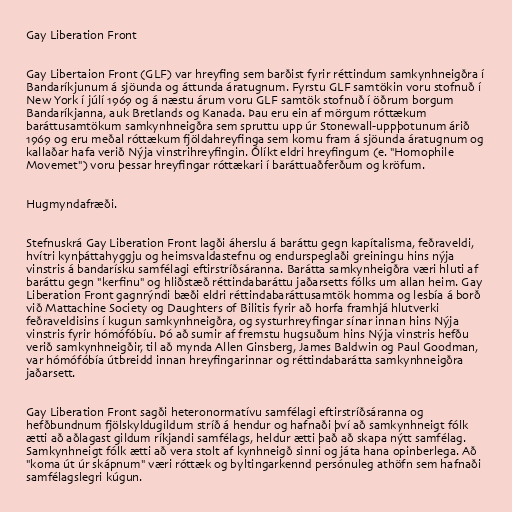
Gay Liberation Front

Gay Libertaion Front (GLF) var hreyfing sem barðist fyrir réttindum samkynhneigðra í
Bandaríkjunum á sjöunda og áttunda áratugnum. Fyrstu GLF samtökin voru stofnuð í
New York í júlí 1969 og á næstu árum voru GLF samtök stofnuð í öðrum borgum
Bandaríkjanna, auk Bretlands og Kanada. Þau eru ein af mörgum róttækum
baráttusamtökum samkynhneigðra sem spruttu upp úr Stonewall-uppþotunum árið
1969 og eru meðal róttækum fjöldahreyfinga sem komu fram á sjöunda áratugnum og
kallaðar hafa verið Nýja vinstrihreyfingin. Ólíkt eldri hreyfingum (e. "Homophile
Movemet") voru þessar hreyfingar róttækari í baráttuaðferðum og kröfum.

Hugmyndafræði.

Stefnuskrá Gay Liberation Front lagði áherslu á baráttu gegn kapítalisma, feðraveldi,
hvítri kynþáttahyggju og heimsvaldastefnu og endurspeglaði greiningu hins nýja
vinstris á bandarísku samfélagi eftirstríðsáranna. Barátta samkynheigðra væri hluti af
baráttu gegn "kerfinu" og hliðstæð réttindabaráttu jaðarsetts fólks um allan heim. Gay
Liberation Front gagnrýndi bæði eldri réttindabaráttusamtök homma og lesbía á borð
við Mattachine Society og Daughters of Bilitis fyrir að horfa framhjá hlutverki
feðraveldisins í kugun samkynhneigðra, og systurhreyfingar sínar innan hins Nýja
vinstris fyrir hómófóbíu. Þó að sumir af fremstu hugsuðum hins Nýja vinstris hefðu
verið samkynhneigðir, til að mynda Allen Ginsberg, James Baldwin og Paul Goodman,
var hómófóbía útbreidd innan hreyfingarinnar og réttindabarátta samkynhneigðra
jaðarsett.

Gay Liberation Front sagði heteronormatívu samfélagi eftirstríðsáranna og
hefðbundnum fjölskyldugildum stríð á hendur og hafnaði því að samkynhneigt fólk
ætti að aðlagast gildum ríkjandi samfélags, heldur ætti það að skapa nýtt samfélag.
Samkynhneigt fólk ætti að vera stolt af kynhneigð sinni og játa hana opinberlega. Að
"koma út úr skápnum" væri róttæk og byltingarkennd persónuleg athöfn sem hafnaði
samfélagslegri kúgun.